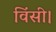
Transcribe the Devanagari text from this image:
विंसी।